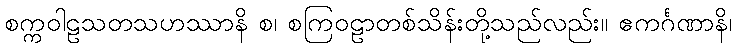
စက္ကဝါဠသတသဟဿာနိ စ၊ စကြဝဠာတစ်သိန်းတို့သည်လည်း။ ဧကင်္ဂဏာနိ၊